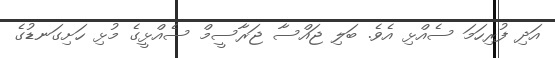
އަދި ފުރިހަމަ ސެއްޅި އެވެ. ބަލި ޖައްސާ ޖަރާސީމް ސެއްޅީގެ މުޅި ހަށިގަނޑުގެ